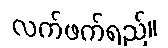
လက်ဖက်ရည်။